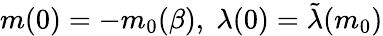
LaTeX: m(0)=-m_{0}(\beta),\; \lambda(0)=\tilde{\lambda}(m_{0})